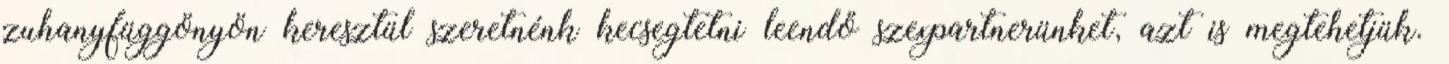
zuhanyfüggönyön keresztül szeretnénk kecsegtetni leendő szexpartnerünket, azt is megtehetjük.